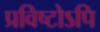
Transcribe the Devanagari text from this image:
प्रविष्टोऽपि